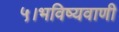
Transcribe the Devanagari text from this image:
५।भविष्यवाणी